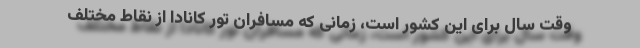
وقت سال برای این کشور است، زمانی که مسافران تور کانادا از نقاط مختلف